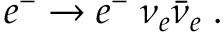
e ^ { - } \to e ^ { - } \; \nu _ { e } \bar { \nu } _ { e } \; .